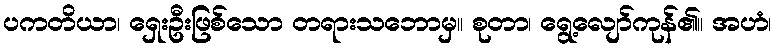
ပကတိယာ၊ ရှေးဦးဖြစ်သော တရားသဘောမှ။ စုတာ၊ ရွေ့လျော်ကုန်၏။ အဟံ၊